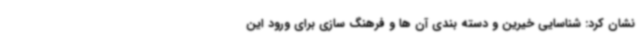
نشان کرد: شناسایی خیرین و دسته بندی آن ها و فرهنگ سازی برای ورود این